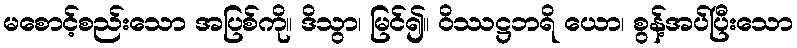
မစောင့်စည်းသော အပြစ်ကို။ ဒိသွာ၊ မြင်၍။ ဝိဿဋ္ဌဘရိ ယော၊ စွန့်အပ်ပြီးသော